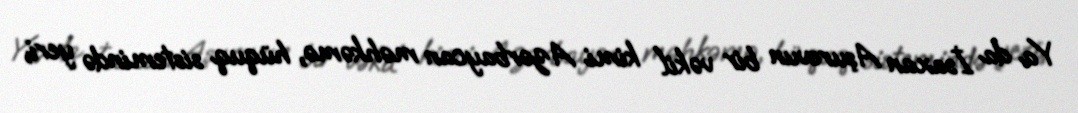
Ya da İsaxan Aşurovun bir vəkil kimi Azərbaycan məhkəmə, hüquq sistemində yeri,